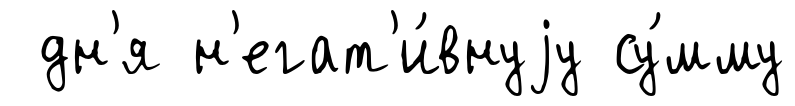
дн'я н'егат'и́внуjу су́мму